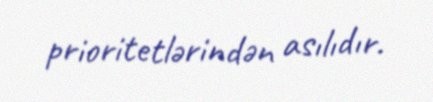
prioritetlərindən asılıdır.